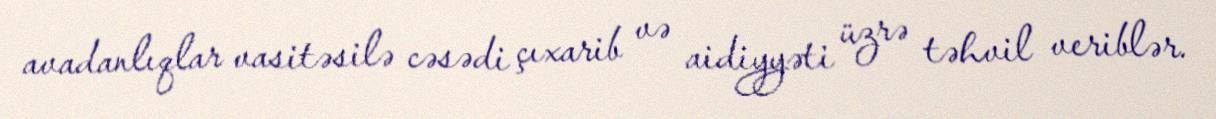
avadanlıqlar vasitəsilə cəsədi çıxarib və aidiyyəti üzrə təhvil veriblər.